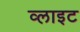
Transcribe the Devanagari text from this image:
व्‍लाइट